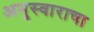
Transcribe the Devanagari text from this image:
अनुस्वाराचा